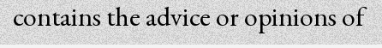
contains the advice or opinions of